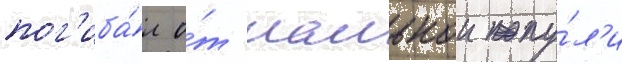
пог'иба́л о́т шальнои пу́л'и